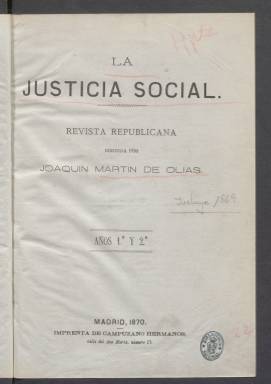
Título: La Justicia social (Madrid. 1869)
Colección: Periódicos
Ámbito geográfico: Madrid
Lugar de publicación: Madrid
Fechas: 01/01/1869-30/12/1871